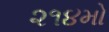
૨૧૪મો